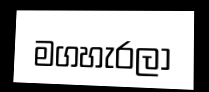
මගහැරලා